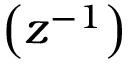
\left( z ^ { - 1 } \right)